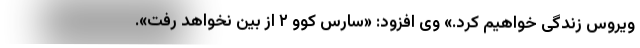
ویروس زندگی خواهیم کرد.» وی افزود: «سارس کوو ۲ از بین نخواهد رفت».